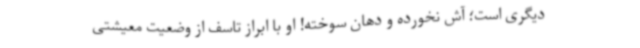
دیگری است؛ آش نخورده و دهان سوخته! او با ابراز تاسف از وضعیت معیشتی